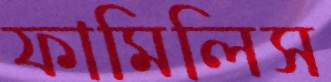
ফামিলিস